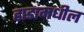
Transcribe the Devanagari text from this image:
हाडांमधील